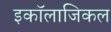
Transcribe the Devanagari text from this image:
इकॉलाजिकल